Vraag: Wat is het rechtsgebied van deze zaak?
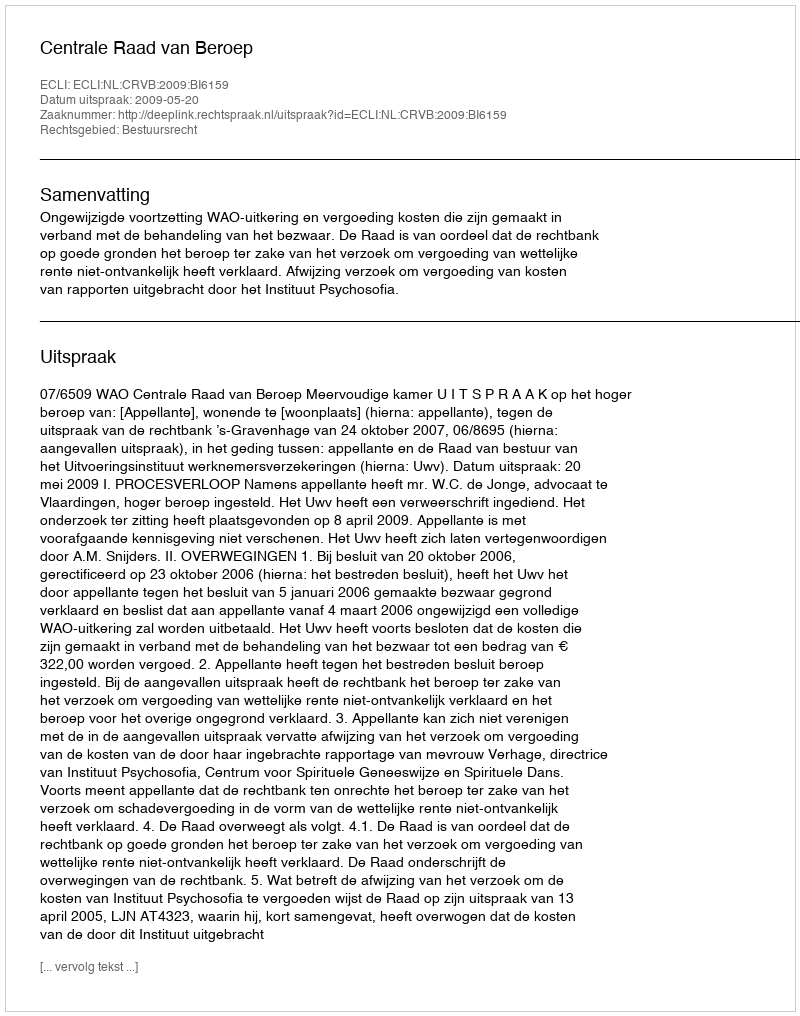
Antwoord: Bestuursrecht